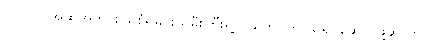
ပါပဲ လို အဆိုအက စွယ်စုံရမင်းသမီးကြီးရဲ့ ငယ်ဘဝကို သရုပ်ဆောင်ဖို့ဆိုတာ